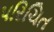
પરિચિત